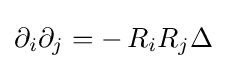
\partial _{i}\partial _{j}=-\,R_{i}R_{j}\Delta